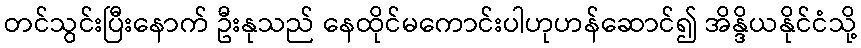
တင်သွင်းပြီးနောက် ဦးနုသည် နေထိုင်မကောင်းပါဟုဟန်ဆောင်၍ အိန္ဒိယနိုင်ငံသို့